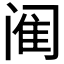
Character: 𫔴